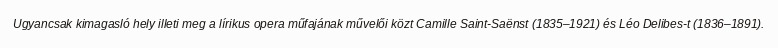
Ugyancsak kimagasló hely illeti meg a lírikus opera műfajának művelői közt Camille Saint-Saënst (1835–1921) és Léo Delibes-t (1836–1891).